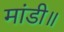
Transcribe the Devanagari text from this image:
मांडी॥